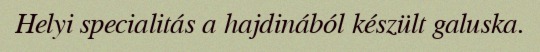
Helyi specialitás a hajdinából készült galuska.